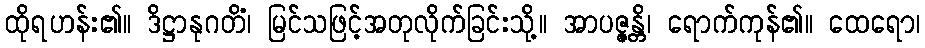
ထိုရဟန်း၏။ ဒိဋ္ဌာနုဂတိံ၊ မြင်သဖြင့်အတုလိုက်ခြင်းသို့။ အာပဇ္ဇန္တိ၊ ရောက်ကုန်၏။ ထေရော၊